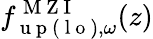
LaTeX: {f}_{\mathrm{~u~p~}(\mathrm{~l~o~}),\omega}^{\mathrm{~M~Z~I~}}(z)